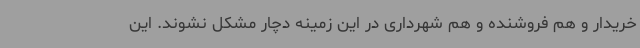
خریدار و هم فروشنده و هم شهرداری در این زمینه دچار مشکل نشوند. این